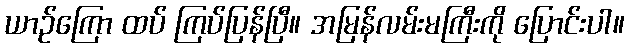
ယာဉ်ကြော ထပ် ကြပ်ပြန်ပြီ။ အမြန်လမ်းမကြီးကို ပြောင်းပါ။